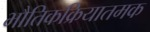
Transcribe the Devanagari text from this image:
भौतिकक्रियातमक